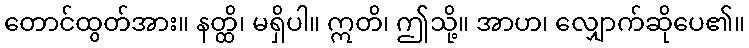
တောင်ထွတ်အား။ နတ္ထိ၊ မရှိပါ။ ဣတိ၊ ဤသို့။ အာဟ၊ လျှောက်ဆိုပေ၏။